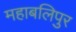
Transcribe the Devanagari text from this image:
महाबलिपुर